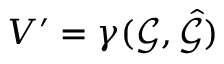
V ^ { \prime } = \gamma ( \mathcal { G } , \hat { \mathcal { G } } )